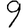
Digit: 9